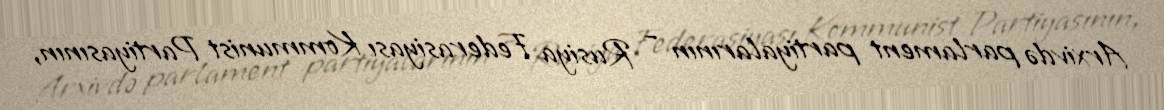
Arxivdə parlament partiyalarının – Rusiya Federasiyası Kommunist Partiyasının,